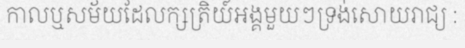
កាលឬសម័យដែលក្សត្រិយ៍អង្គមួយៗទ្រង់សោយរាជ្យ :